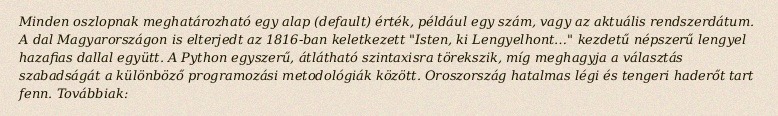
Minden oszlopnak meghatározható egy alap (default) érték, például egy szám, vagy az aktuális rendszerdátum. A dal Magyarországon is elterjedt az 1816-ban keletkezett "Isten, ki Lengyelhont…" kezdetű népszerű lengyel hazafias dallal együtt. A Python egyszerű, átlátható szintaxisra törekszik, míg meghagyja a választás szabadságát a különböző programozási metodológiák között. Oroszország hatalmas légi és tengeri haderőt tart fenn. Továbbiak: